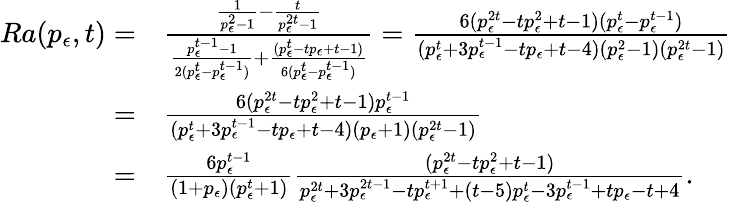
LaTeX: \begin{array}{rl}{Ra(p_{\epsilon},t)=}&{\frac{\frac{1}{p_{\epsilon}^{2}-1}-\frac{t}{p_{\epsilon}^{2t}-1}}{\frac{p_{\epsilon}^{t-1}-1}{2(p_{\epsilon}^{t}-p_{\epsilon}^{t-1})}+\frac{(p_{\epsilon}^{t}-tp_{\epsilon}+t-1)}{6(p_{\epsilon}^{t}-p_{\epsilon}^{t-1})}}=\frac{6(p_{\epsilon}^{2t}-tp_{\epsilon}^{2}+t-1)(p_{\epsilon}^{t}-p_{\epsilon}^{t-1})}{(p_{\epsilon}^{t}+3p_{\epsilon}^{t-1}-tp_{\epsilon}+t-4)(p_{\epsilon}^{2}-1)(p_{\epsilon}^{2t}-1)}}\\ {=}&{\frac{6(p_{\epsilon}^{2t}-tp_{\epsilon}^{2}+t-1)p_{\epsilon}^{t-1}}{(p_{\epsilon}^{t}+3p_{\epsilon}^{t-1}-tp_{\epsilon}+t-4)(p_{\epsilon}+1)(p_{\epsilon}^{2t}-1)}}\\ {=}&{\frac{6p_{\epsilon}^{t-1}}{(1+p_{\epsilon})(p_{\epsilon}^{t}+1)}\frac{(p_{\epsilon}^{2t}-tp_{\epsilon}^{2}+t-1)}{p_{\epsilon}^{2t}+3p_{\epsilon}^{2t-1}-tp_{\epsilon}^{t+1}+(t-5)p_{\epsilon}^{t}-3p_{\epsilon}^{t-1}+tp_{\epsilon}-t+4}.}\end{array}